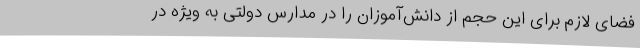
فضای لازم برای این حجم از دانش‌آموزان را در مدارس دولتی به ویژه در